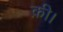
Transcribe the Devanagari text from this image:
क़ी।